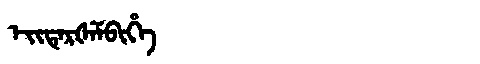
Manchu: ᡝᡳᡨᡝᡵᡧᡝᠮᠪᡳᡥᡝ
Romanization: EITERŠEMBIHE